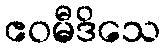
ဧဝမီဒိသေ